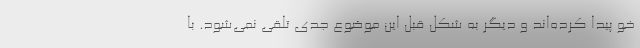
خو پیدا کرده‌اند و دیگر به شکل قبل این موضوع جدی تلقی نمی‌شود. با